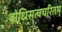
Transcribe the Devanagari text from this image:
बोधिसत्वचरितम्